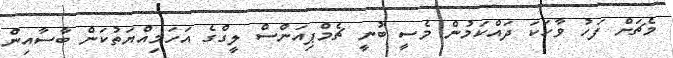
މެޗަށް ފަހު ވާހަކަ ދައްކަމުން މެސީ ބުނީ ޗެމްޕިއަންސް ލީގްގެ އަހަމިއްޔަތުކަން ބާސާއިން